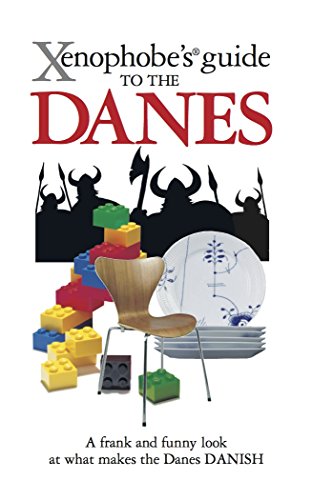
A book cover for Xenophobe's Guide to the Danes; Helen Dyrbye; Travel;